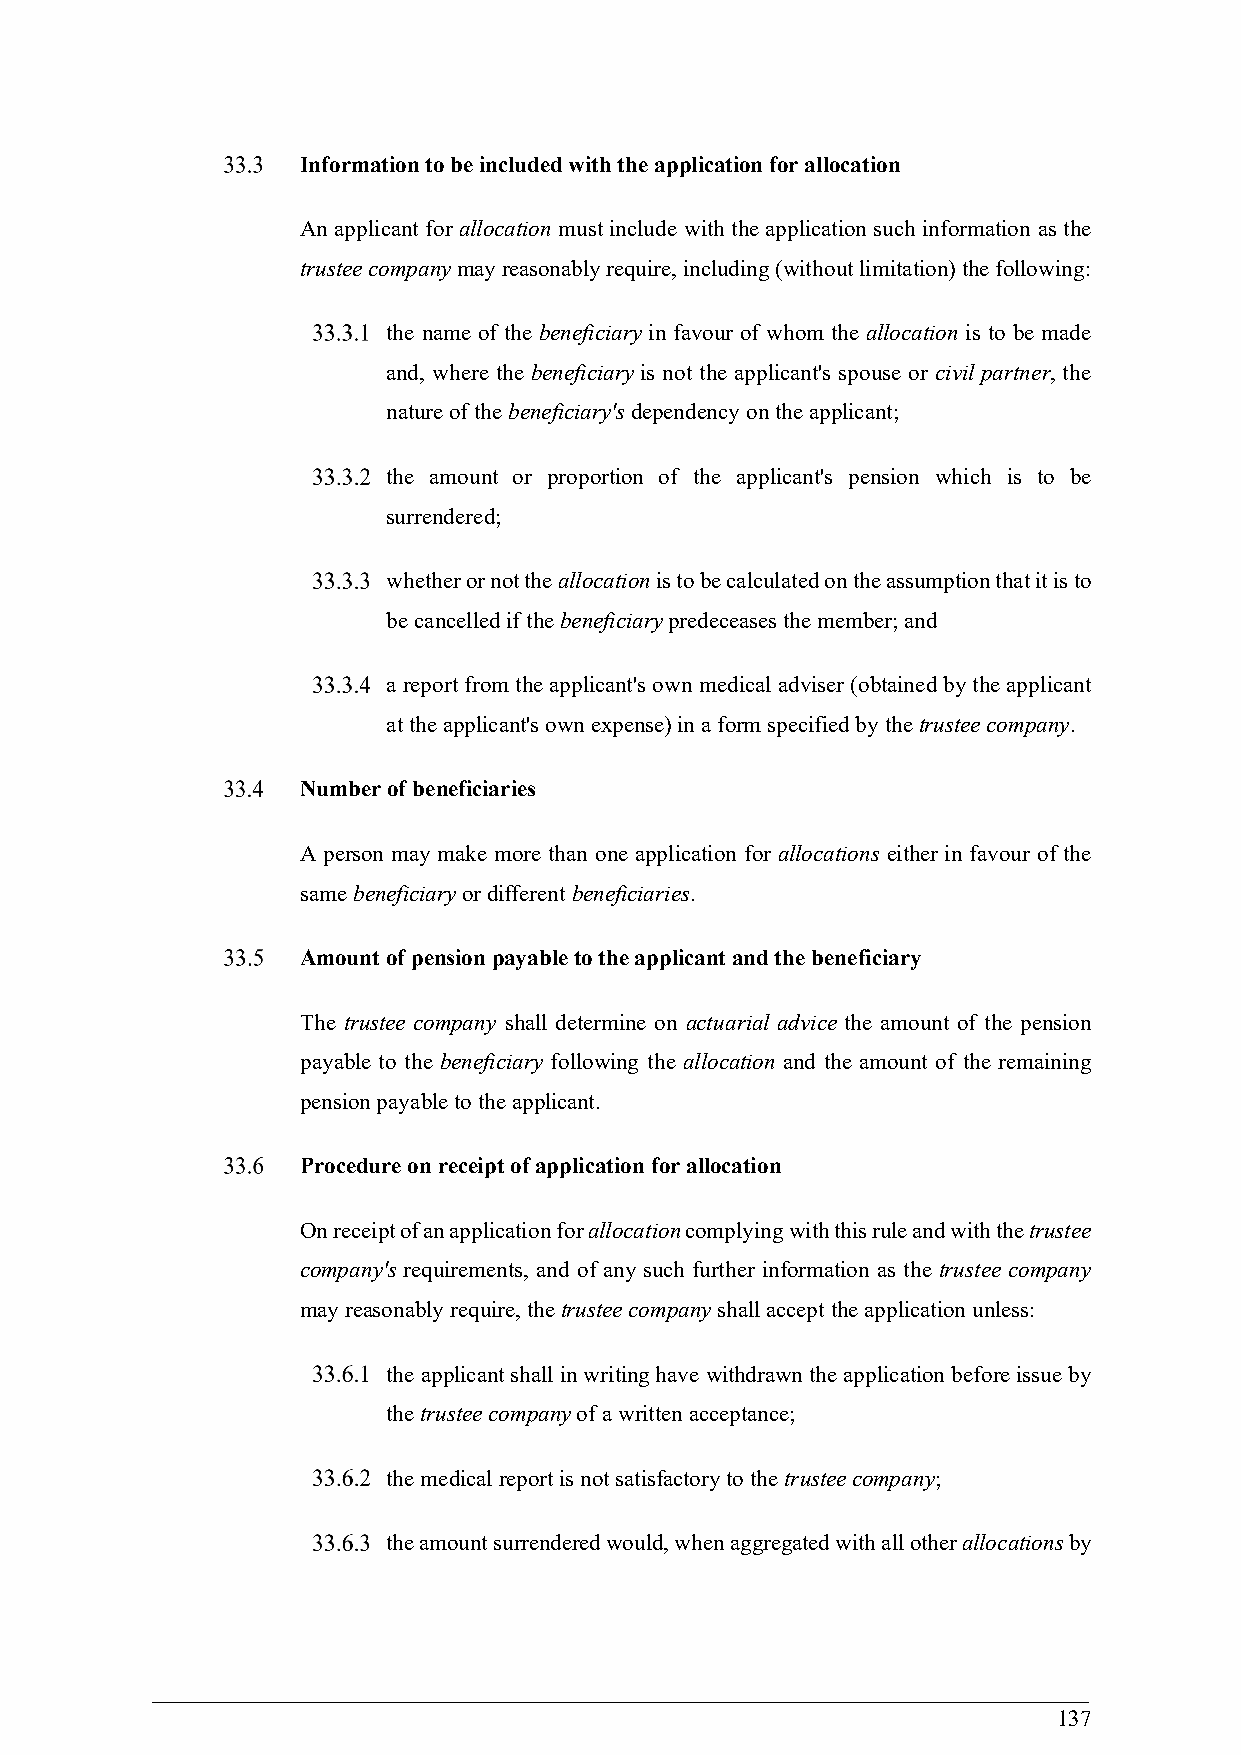
Information to be included with the application for allocation
 An applicant for allocation must include with the application such information as the
 trustee company may reasonably require, including (without limitation) the following:
 the name of the beneficiary in favour of whom the allocation is to be made
 and, where the beneficiary is not the applicant's spouse or civil partner, the
 nature of the beneficiary's dependency on the applicant;
 the amount or proportion of the applicant's pension which is to be
 surrendered;
 whether or not the allocation is to be calculated on the assumption that it is to
 be cancelled if the beneficiary predeceases the member; and
 a report from the applicant's own medical adviser (obtained by the applicant
 at the applicant's own expense) in a form specified by the trustee company.
 Number of beneficiaries
 A person may make more than one application for allocations either in favour of the
 same beneficiary or different beneficiaries.
 Amount of pension payable to the applicant and the beneficiary
 The trustee company shall determine on actuarial advice the amount of the pension
 payable to the beneficiary following the allocation and the amount of the remaining
 pension payable to the applicant.
 Procedure on receipt of application for allocation
 On receipt of an application for allocation complying with this rule and with the trustee
 company's requirements, and of any such further information as the trustee company
 may reasonably require, the trustee company shall accept the application unless:
 the applicant shall in writing have withdrawn the application before issue by
 the trustee company of a written acceptance;
 the medical report is not satisfactory to the trustee company;
 the amount surrendered would, when aggregated with all other allocations by
 137